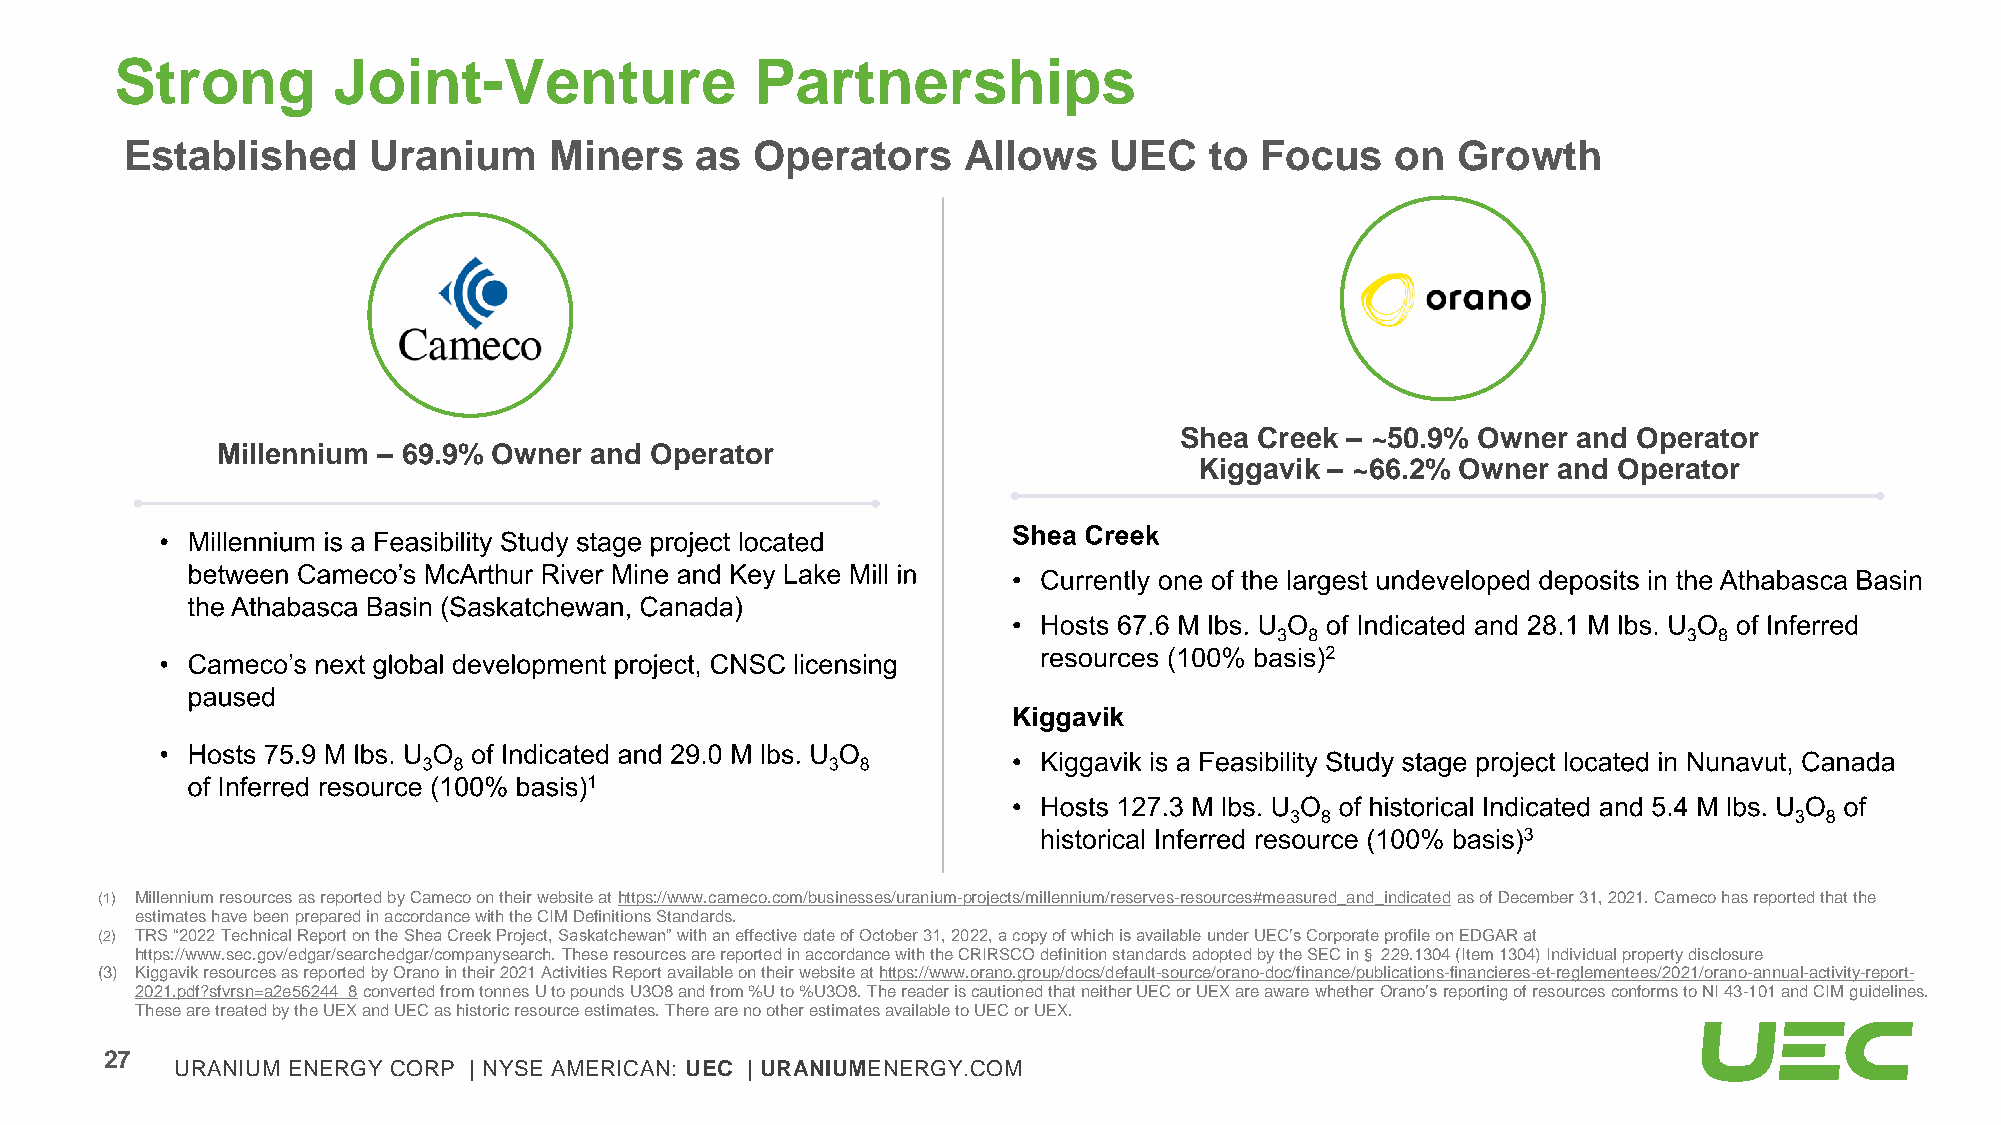
Strong        Joint-Venture               Partnerships
 Established     Uranium     Miners    as  Operators     Allows   UEC    to Focus    on  Growth
 Shea Creek – ~50.9% Owner and Operator
 Millennium – 69.9% Owner and Operator
 Kiggavik – ~66.2% Owner and Operator
 Shea Creek
 Millennium is a Feasibility Study stage project located
 between Cameco’s McArthur River Mine and Key Lake Mill in Currently one of the largest undeveloped deposits in the Athabasca Basin
 the Athabasca Basin (Saskatchewan, Canada)
 Hosts 67.6 M lbs. U O of Indicated and 28.1 M lbs. U O of Inferred
 3 8                        3 8
 resources (100% basis)2
 Cameco’s next global development project, CNSC licensing
 paused
 Kiggavik
 Hosts 75.9 M lbs. U O of Indicated and 29.0 M lbs. U O
 Kiggavik is a Feasibility Study stage project located in Nunavut, Canada
 3 8                        3 8
 of Inferred resource (100% basis)1
 Hosts 127.3 M lbs. U O of historical Indicated and 5.4 M lbs. U O of
 3 8                               3 8
 historical Inferred resource (100% basis)3
 (1) Millennium resources as reported by Cameco on their website at https://www.cameco.com/businesses/uranium-projects/millennium/reserves-resources#measured_and_indicatedas of December 31, 2021. Cameco has reported that the
 estimates have been prepared in accordance with the CIM Definitions Standards.
 (2) TRS “2022 Technical Report on the Shea Creek Project, Saskatchewan” with an effective date of October 31, 2022, a copy of which is available under UEC’s Corporate profile on EDGAR at
 https://www.sec.gov/edgar/searchedgar/companysearch. These resources are reported in accordance with the CRIRSCO definition standards adopted by the SEC in§229.1304 (Item 1304) Individual property disclosure
 (3) Kiggavikresources as reported by Oranoin their 2021 Activities Report available on their website at https://www.orano.group/docs/default-source/orano-doc/finance/publications-financieres-et-reglementees/2021/orano-annual-activity-report-
 2021.pdf?sfvrsn=a2e56244_8converted from tonnesU to pounds U3O8 and from %U to %U3O8. The reader is cautioned that neither UEC or UEX are aware whether Orano’sreporting of resources conforms to NI 43-101 and CIM guidelines.
 These are treated by the UEX and UEC as historic resource estimates. There are no other estimates available to UEC or UEX.
 27
 URANIUM ENERGY CORP | NYSE AMERICAN: UEC | URANIUMENERGY.COM